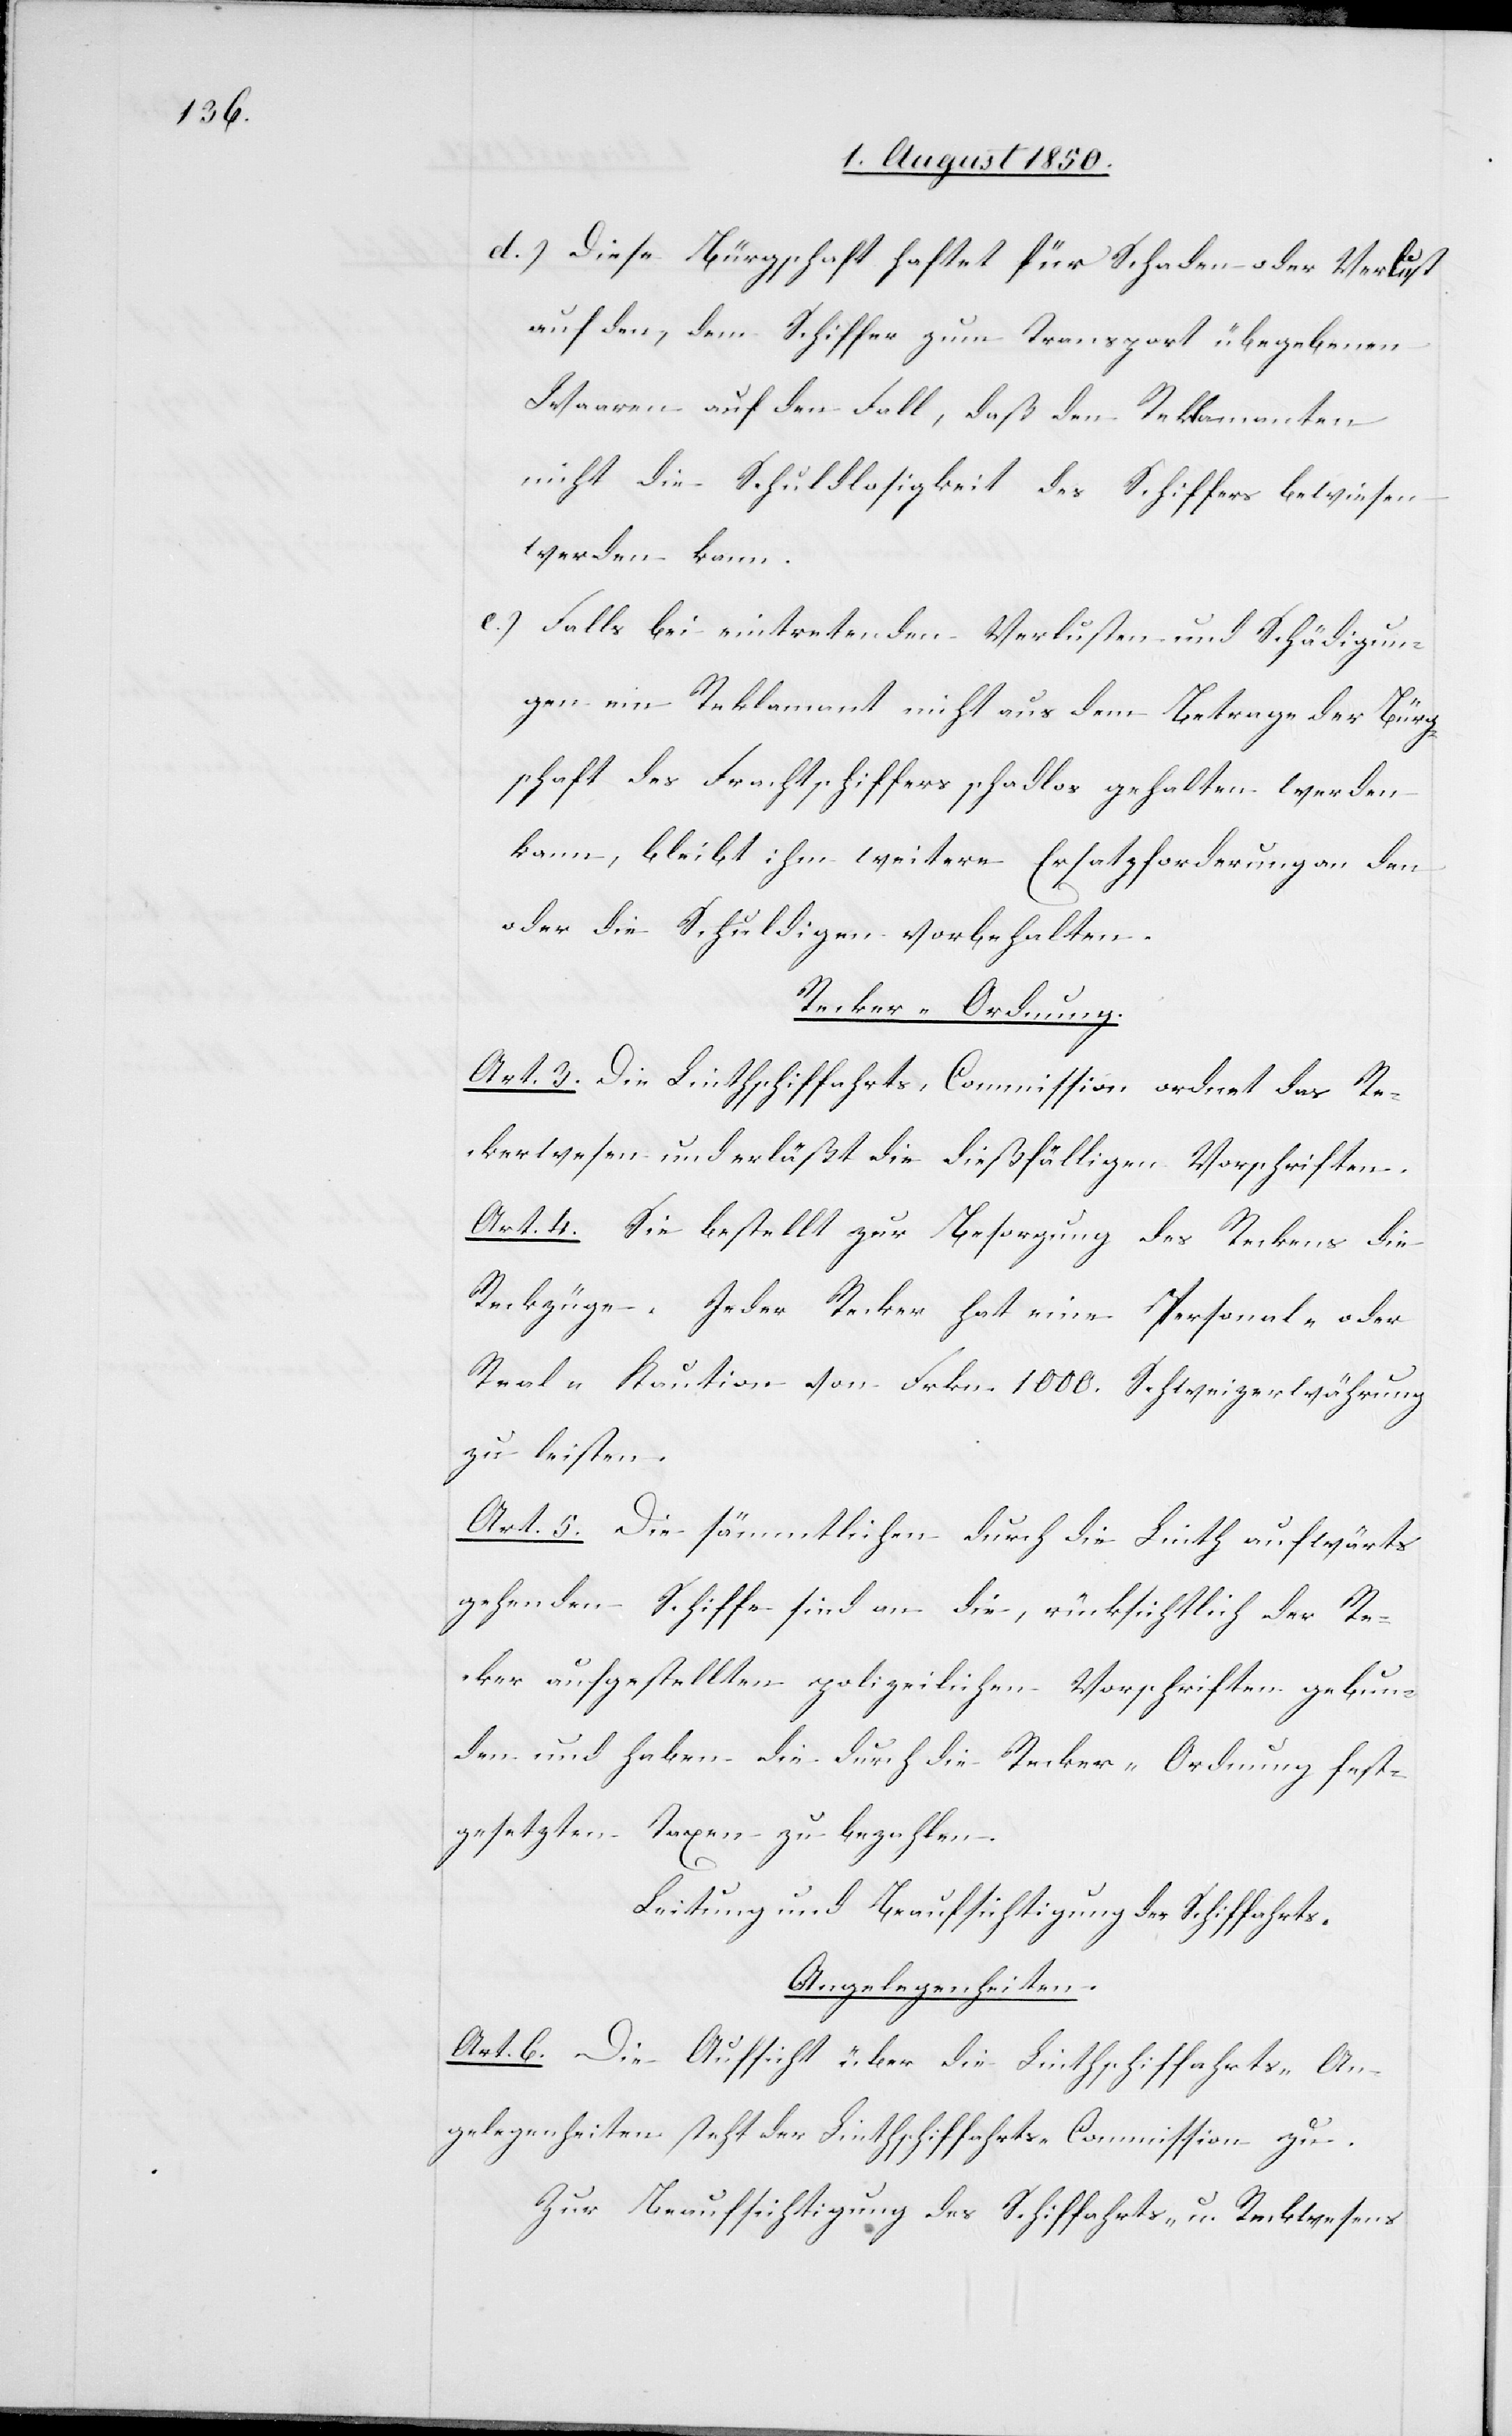
d.) Diese Bürgschaft haftet für Schaden oder Verlust
auf den, dem Schiffer zum Transport übe[r]gebenen
Waaren auf den Fall, daß den Reklamanten
nicht die Schuldlosigkeit des Schiffers bewiesen
werden kann.
e.) Falls bei eintretenden Verlusten und Schädigun¬
gen ein Reklamant nicht aus dem Betrage der Bürg¬
schaft des Frachtschiffers schadlos gehalten werden
kann, bleibt ihm weitere Ersatzforderung an den
oder die Schuldigen vorbehalten.
Recker-Ordnung.
Art. 3. Die Linthschiffahrts-Commission ordnet das Re¬
ckerwesen und erläßt die dießfälligen Vorschriften.
Art. 4. Sie bestellt zur Besorgung des Reckens die
Reckzüge. Jeder Recker hat eine Personal- oder
Real-Kaution von Frkn. 1000. Schweizerwährung
zu leisten.
Art. 5. Die sämmtlichen durch die Linth aufwärts
gehenden Schiffe sind an die, rücksichtlich der Re¬
cker aufgestellten polizeilichen Vorschriften gebun¬
den und haben die durch die Recker-Ordnung fest¬
gesetzten Taxen zu bezahlen.
Leitung und Beaufsichtigung der Schiffahrts.
Angelegenheiten.
Art. 6. Die Aufsicht über die Linthschiffahrts-An¬
gelegenheiten steht der Linthschiffahrts-Commission zu.
Zur Beaufsichtigung des Schiffahrts- u. Reckwesens